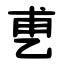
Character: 乶